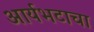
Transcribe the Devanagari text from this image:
आर्यभटाचा